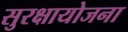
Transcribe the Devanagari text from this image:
सुरक्षायोजना